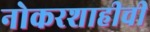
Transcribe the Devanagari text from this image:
नोकरशाहीची